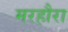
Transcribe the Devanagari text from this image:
मरहौरा